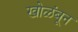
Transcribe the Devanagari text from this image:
खोळंबून